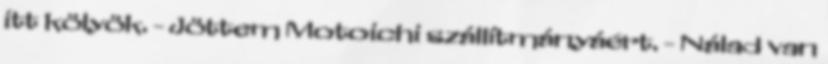
itt kölyök. - Jöttem Motoichi szállítmányáért. - Nálad van